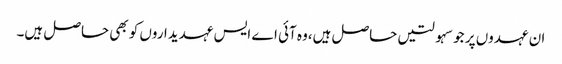
ان عہدوں پر جو سہولتیں حاصل ہیں،وہ آئی اے ایس عہدیداروں کو بھی حاصل ہیں۔